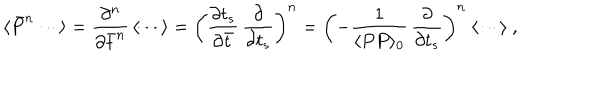
\langle \bar { P } ^ { n } \cdots \rangle = { \frac { \partial ^ { n } } { \partial \bar { t } ^ { n } } } \, \langle \cdots \rangle = \left( { \frac { \partial t _ { s } } { \partial \bar { t } } } \, { \frac { \partial } { \partial t _ { s } } } \right) ^ { n } = \left( - { \frac { 1 } { \langle P P \rangle _ { 0 } } } \, { \frac { \partial } { \partial t _ { s } } } \right) ^ { n } \ \langle \cdots \rangle \ ,